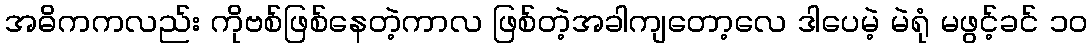
အဓိကကလည်း ကိုဗစ်ဖြစ်နေတဲ့ကာလ ဖြစ်တဲ့အခါကျတော့လေ ဒါပေမဲ့ မဲရုံ မဖွင့်ခင် ၁၀